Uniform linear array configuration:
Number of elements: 8
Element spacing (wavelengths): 0.25
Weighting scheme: hann
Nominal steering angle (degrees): -60
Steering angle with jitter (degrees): -59.421
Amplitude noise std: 0.05
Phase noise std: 0.05

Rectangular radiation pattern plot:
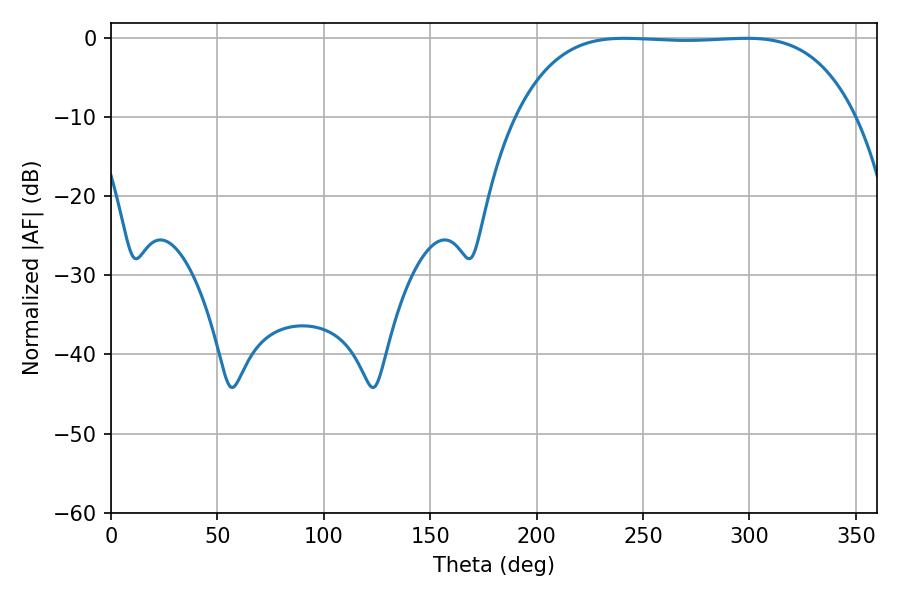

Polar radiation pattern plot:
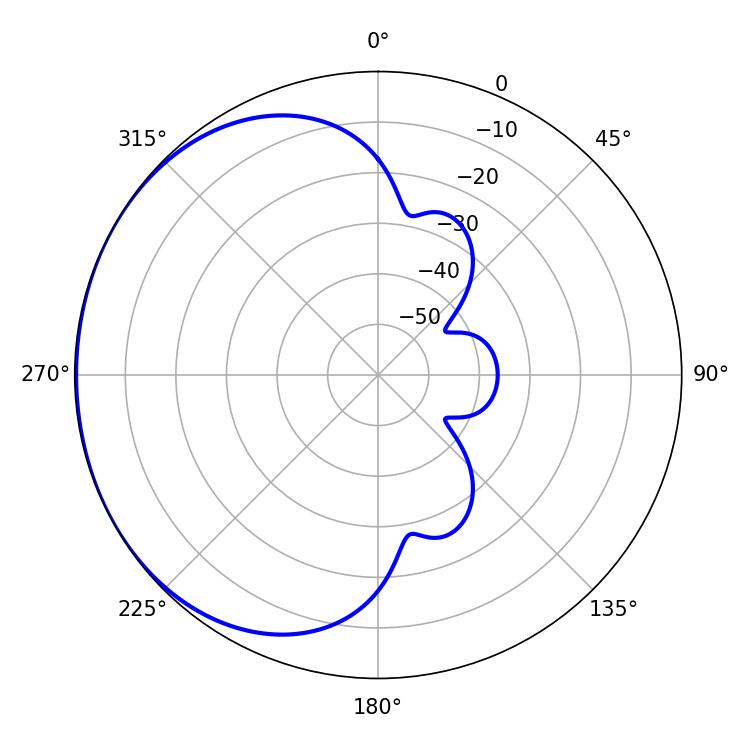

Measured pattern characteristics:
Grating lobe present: FALSE
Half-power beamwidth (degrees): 123.84
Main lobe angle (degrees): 241.2